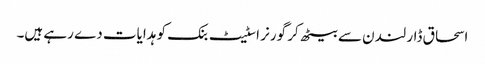
اسحاق ڈار لندن سے بیٹھ کر گورنر اسٹیٹ بنک کو ہدایات دے رہے ہیں۔